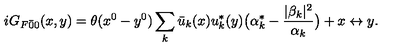
i G _ { F \bar { 0 } { 0 } } ( x , y ) = \theta ( x ^ { 0 } - y ^ { 0 } ) \sum _ { k } \bar { u } _ { k } ( x ) u _ { k } ^ { * } ( y ) \bigl ( \alpha _ { k } ^ { * } - \frac { | \beta _ { k } | ^ { 2 } } { \alpha _ { k } } \bigr ) + x \leftrightarrow y .